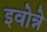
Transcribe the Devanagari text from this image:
इवोन्ने